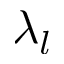
\lambda _ { l }